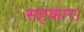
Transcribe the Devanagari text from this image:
सहकार।